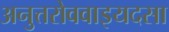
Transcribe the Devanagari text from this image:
अनुत्तरोववाइयदसा